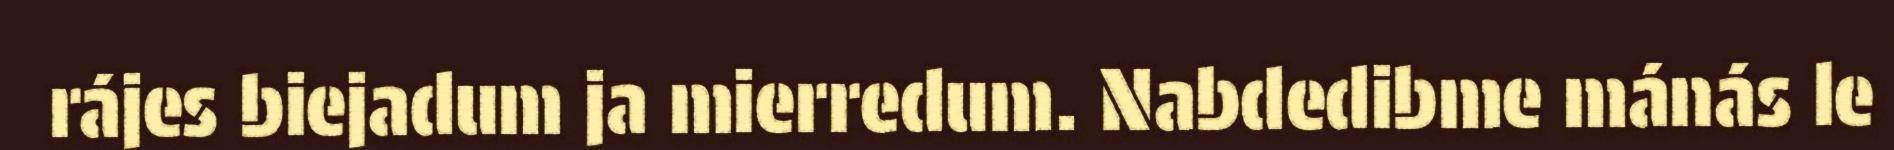
rájes biejadum ja mierredum. Nabdedibme mánás le